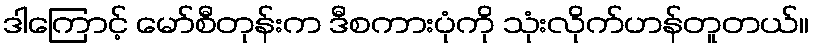
ဒါကြောင့် မော်စီတုန်းက ဒီစကားပုံကို သုံးလိုက်ဟန်တူတယ်။